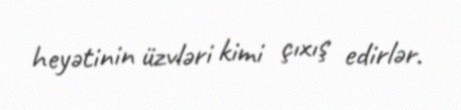
heyətinin üzvləri kimi çıxış edirlər.